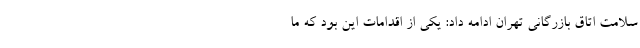
سلامت اتاق بازرگانی تهران ادامه داد: یکی از اقدامات این بود که ما